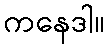
ကနေဒါ။